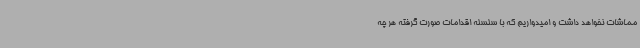
مماشات نخواهد داشت و امیدواریم که با سلسله اقدامات صورت گرفته هر چه